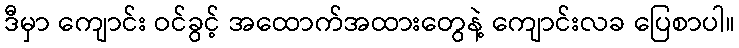
ဒီမှာ ကျောင်း ဝင်ခွင့် အထောက်အထားတွေနဲ့ ကျောင်းလခ ပြေစာပါ။